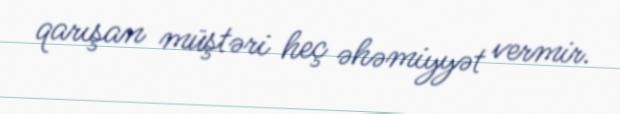
qarışan müştəri heç əhəmiyyət vermir.